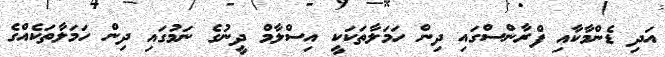
އަދި ޑެންމާކާއި ފްރާންސްގައި ދިން ހަމަލާތަކަކީ އިސްލާމް ދީނުގެ ނަމުގައި ދިން ހަމަލާތަކެއްގެ